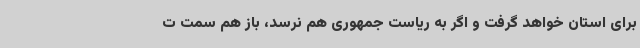
برای استان خواهد گرفت و اگر به ریاست جمهوری هم نرسد، باز هم سمت ت